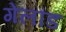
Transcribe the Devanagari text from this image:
गेलौड